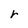
Character: r